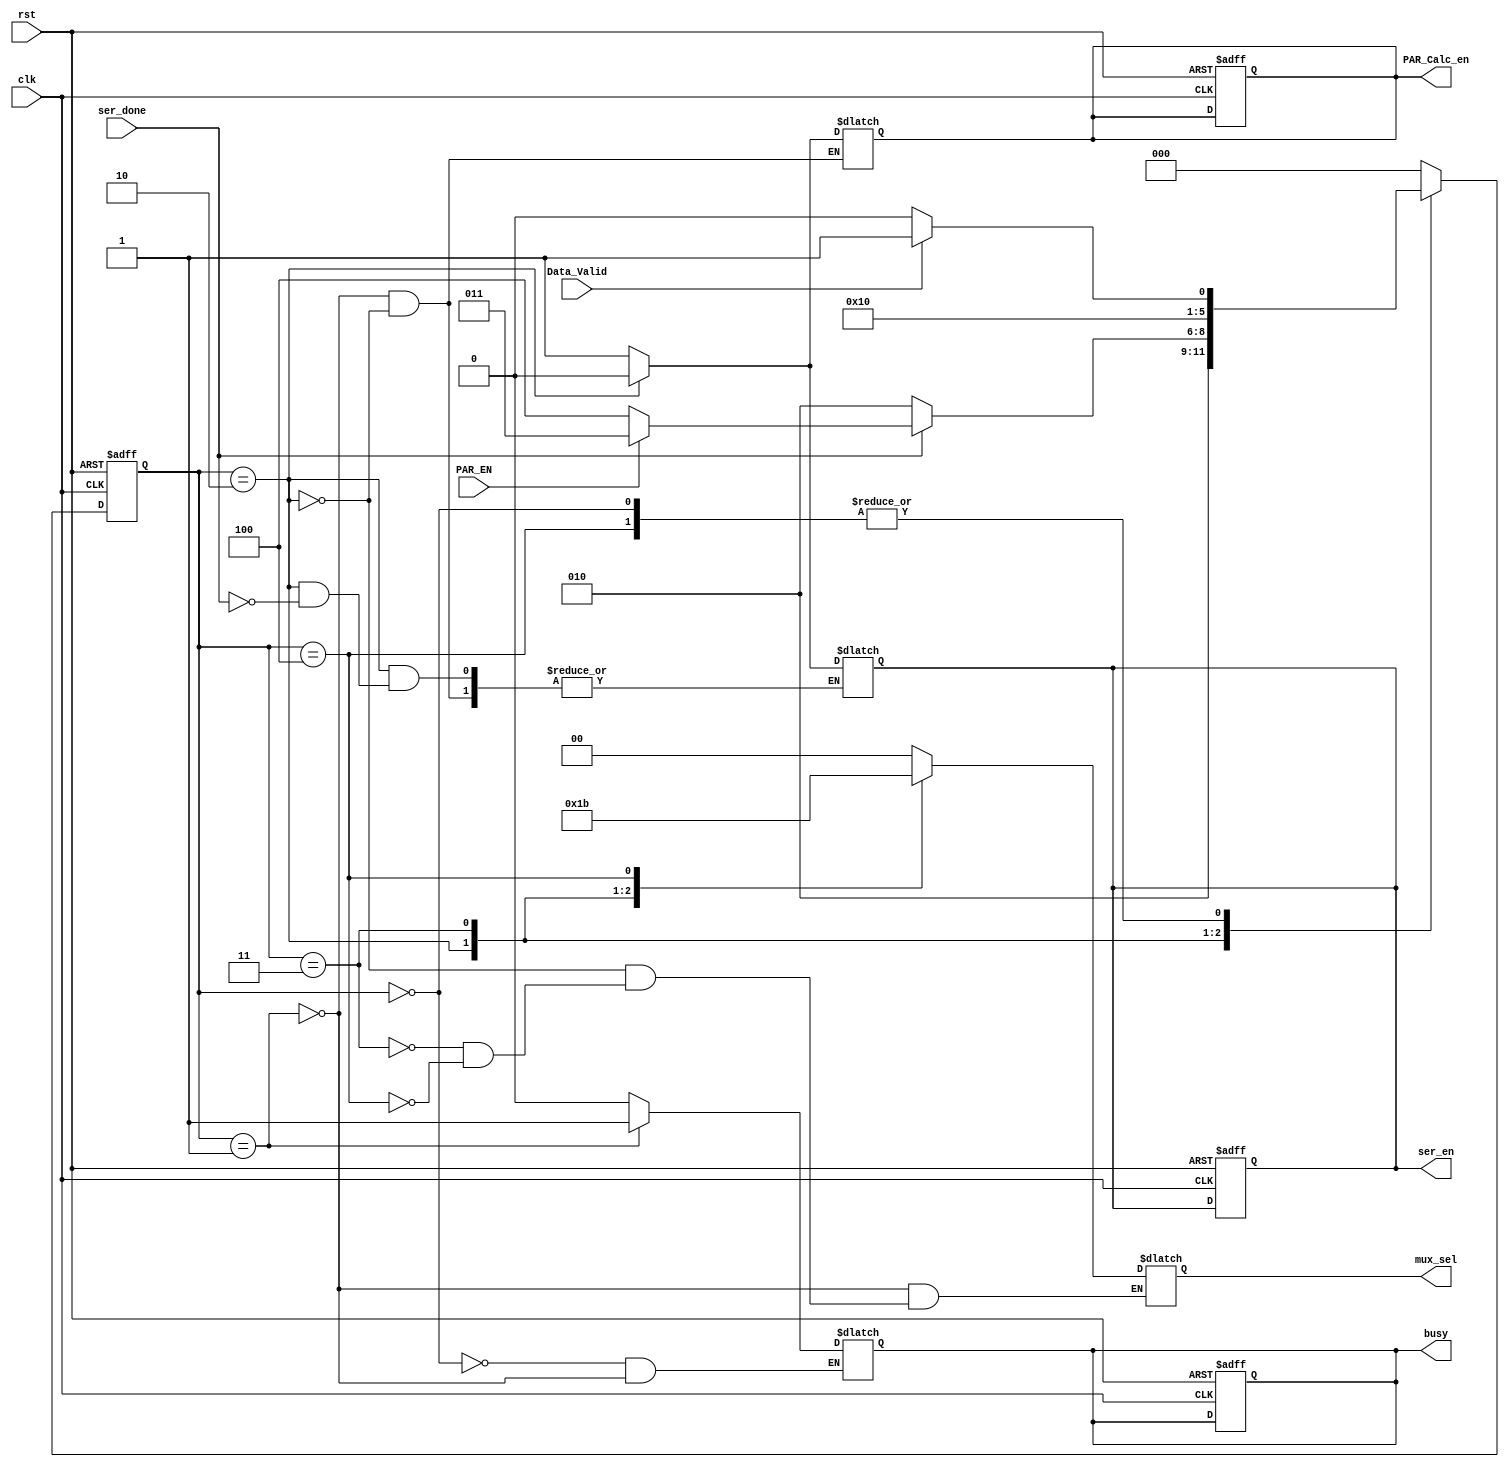
module FSM (
    input wire Data_Valid,
    input wire rst,
    input wire PAR_EN,
    input wire ser_done,
    input wire clk,
    output reg ser_en,
    output reg PAR_Calc_en,
    output reg [1:0] mux_sel,
    output reg busy

);

// state decleration 
localparam  [2:0]Idle =3'b000 ,
                Start =3'b001 ,
                Serial =3'b010 ,
                Parity =3'b011 ,
                Stop =3'b100 ;



reg    [2:0]         curent_state,
                     next_state ;

//state transation 
always @(negedge clk or negedge rst) 
begin
    if(~rst)
    begin  
    curent_state<=Idle;
    ser_en=0;
    busy=0;
    PAR_Calc_en=0;
    end
    else
    curent_state<=next_state;

end


always @(*) 
begin
case (curent_state)
    Idle:
    begin
        if (Data_Valid)
         begin
            //wake the uart up
            next_state=Start;
        end
        else
            next_state=Idle;
            busy=0;
    end

    Start:
    begin
            
            mux_sel=2'b00; //lunch start bit 
            ser_en=1; //serilazer activator
            busy=1;
            PAR_Calc_en=1; //to avoid parity calculation in undiserd state "during busy is high"
            next_state=Serial;
        
    end

    Serial:
    begin
    PAR_Calc_en=0;      //to avoid parity calculation in undiserd state "during busy is high"
    if (ser_done) 
    begin
        ser_en=0;       //Stop serilizer after the counter exceed its limmit

        if (PAR_EN) 
        begin
            // According to parity config's the frame size is changed and parity is added or not
            next_state=Parity;
        end
        else
            next_state=Stop;

    end
    else

        next_state=Serial;//lunch serial data for 8 clock's
        mux_sel=2'b01;
     
    end

    Parity:
    begin
        mux_sel=2'b10;
        next_state=Stop;
    end

    Stop:
    begin
        mux_sel=2'b11;
        if (Data_Valid) begin
        next_state=Start;// for cascded frames feature
        end
        else
        next_state=Idle;

    end

    default:next_state=Idle;

endcase


end
  



endmodule